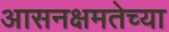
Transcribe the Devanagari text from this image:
आसनक्षमतेच्या